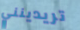
تريدينني